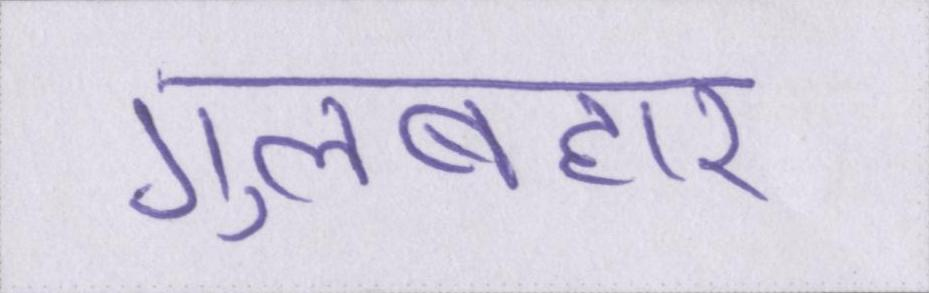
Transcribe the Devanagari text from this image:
गुलबहार